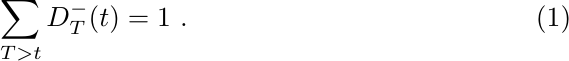
		\begin{equation}\label{eq:d-sum}
			\sum_{T > t}D_{T}^{-}(t) = 1 ~.
		\end{equation}